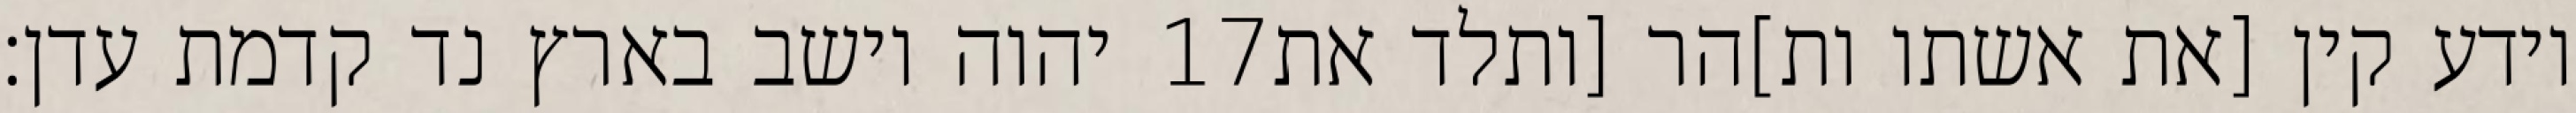
יהוה וישב בארץ נד קדמת עדן׃ ‎17‏ וידע קין [את אשתו ות]הר [ותלד את